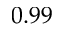
0 . 9 9